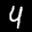
Label: 4